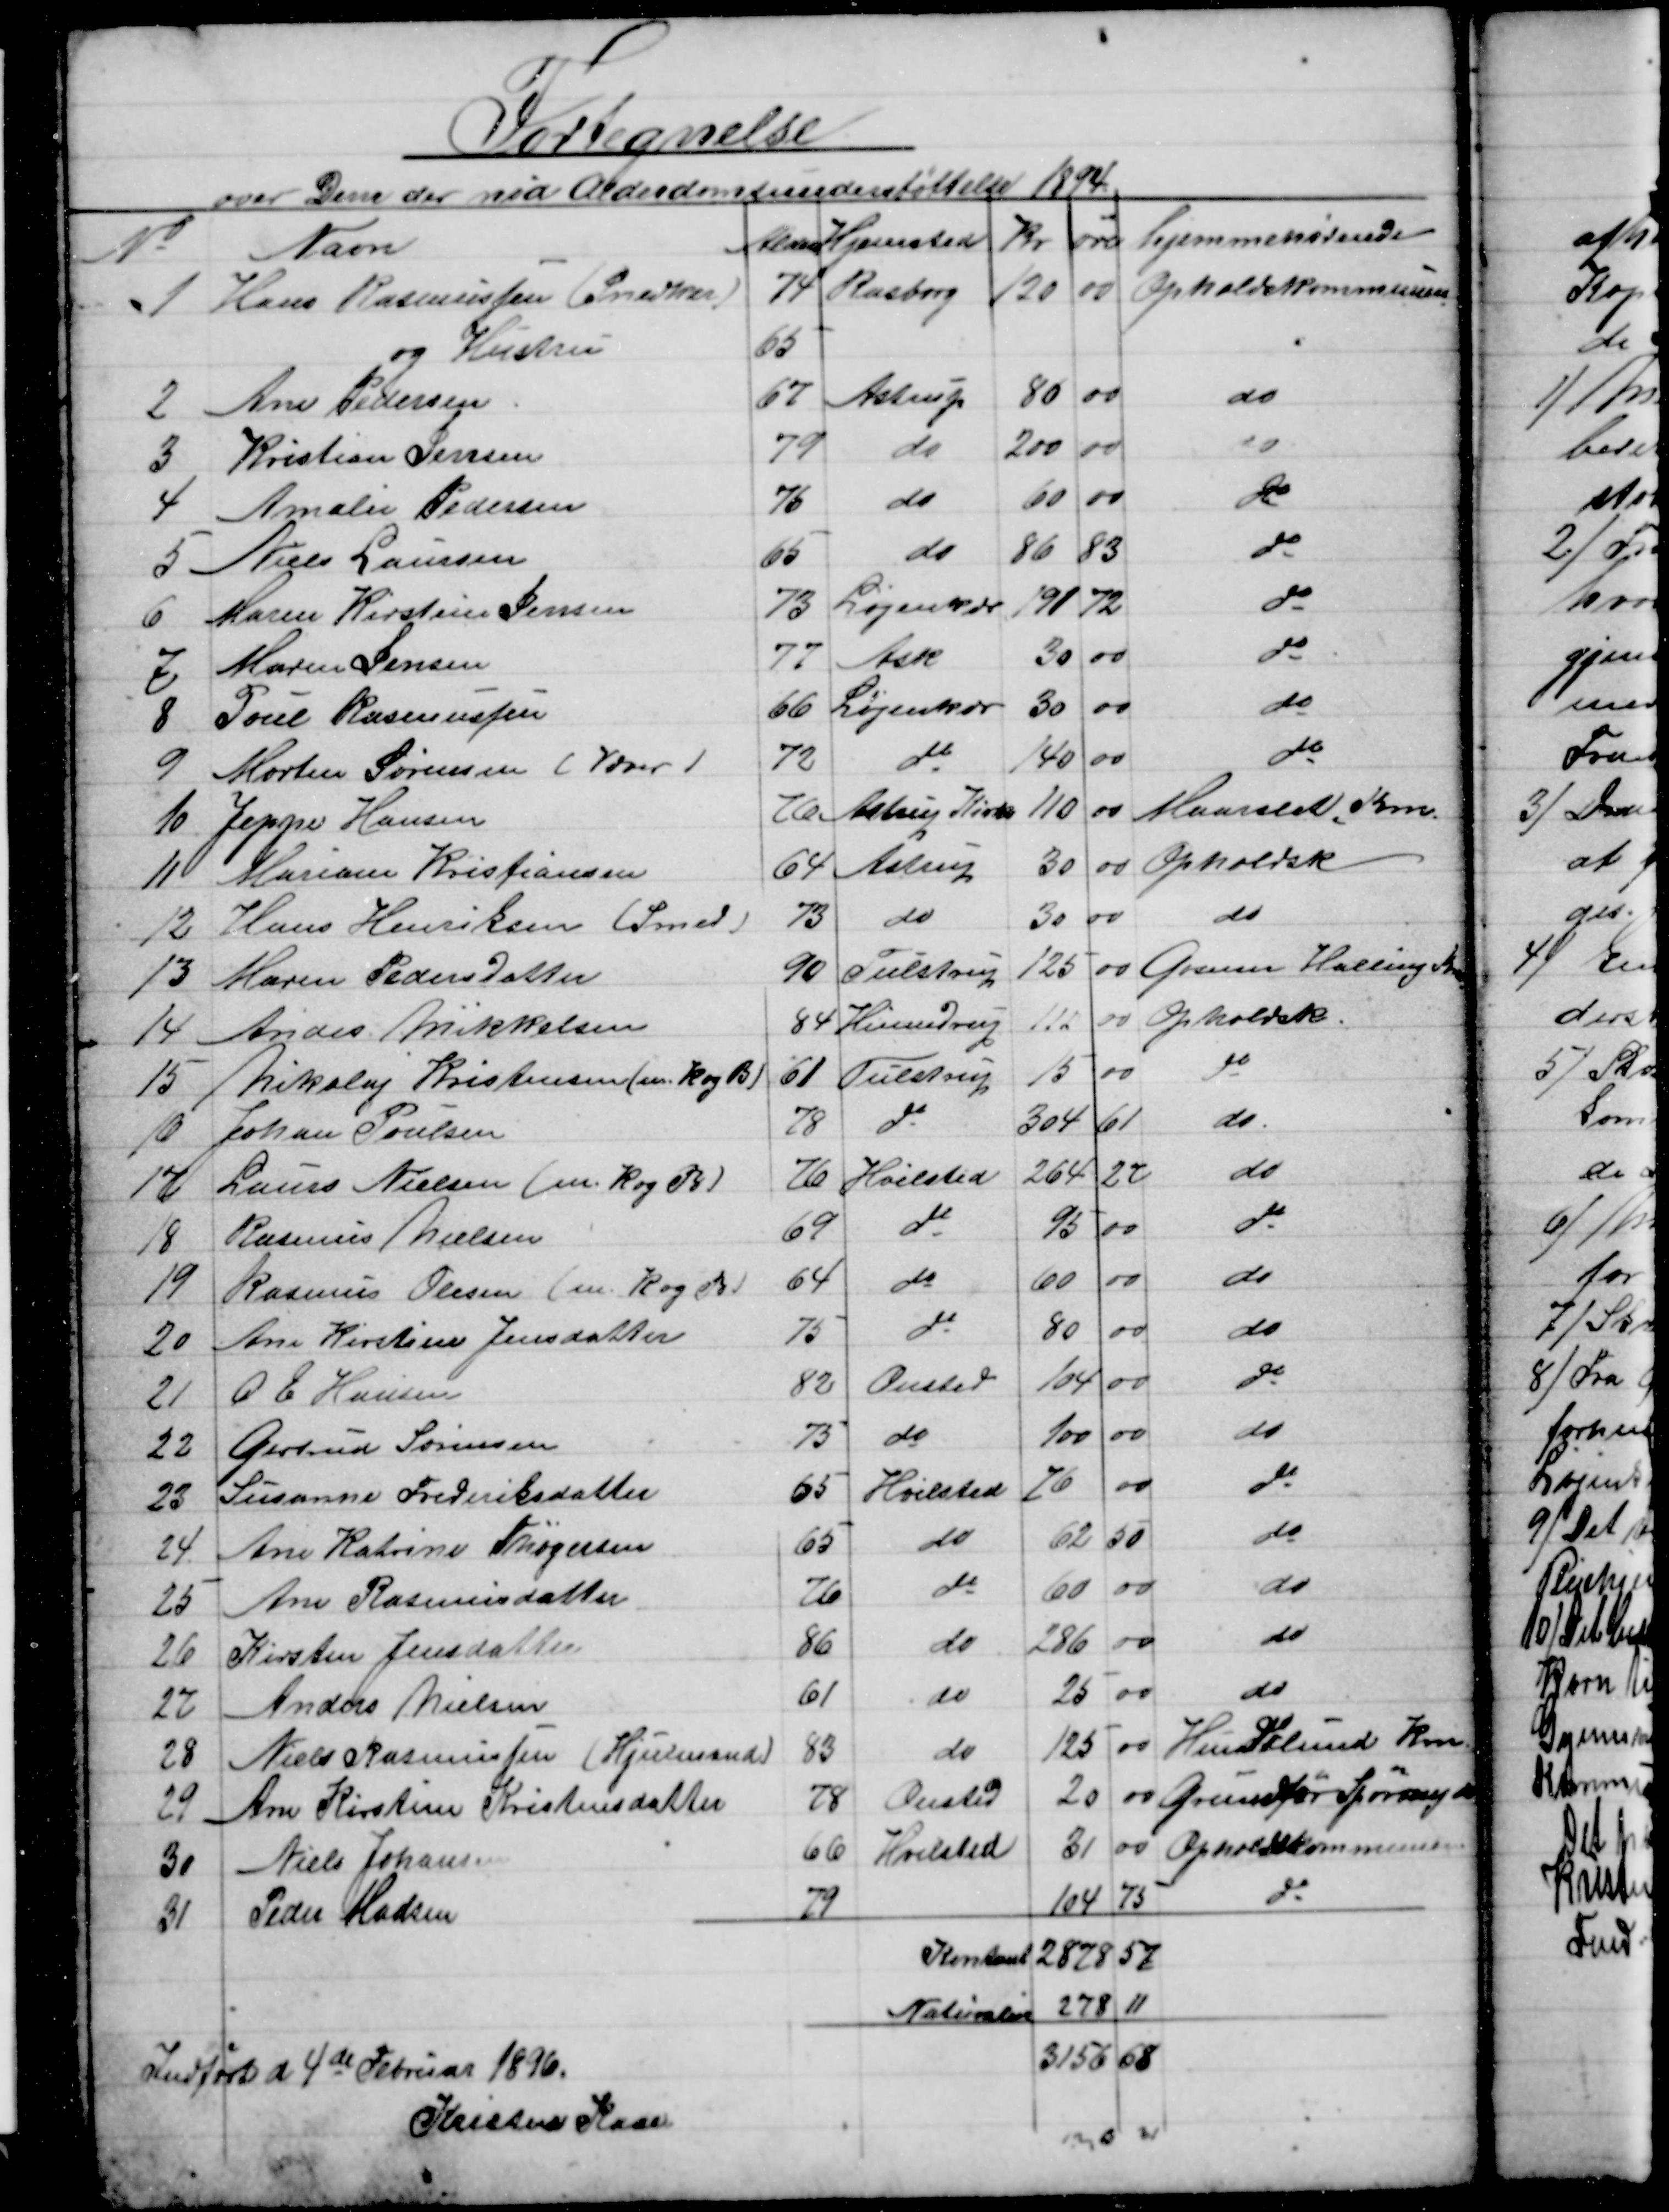
Transskription:
Fortegnelse
over Dem der nød Alderdomsunderstøttelse 1894.
№
Navn
Alder
Hjemsted 
Kr
øre
hjemmehørende
1 
Hans Rasmussen (Snedker)
74 
Rasborg 
120
00
Opholdskommunen
og Hustru
65
2
Ane Pedersen
67
Astrup
80
00
do
3
Kristian Jensen
79
do
200
00
do
4
 Amalie Pedersen
76
do
60
00
do
5
Niels Laursen
65
do
86
83
do
6
Maren Kirstine Jensen
73
Løjenkær
191
72
do
7
Maren Jensen
77
Ask
30
00
do
8
Poul Rasmussen
66
Løjenkær
30
00
do
9
Morten Sørensen (Væver) 
72
do
140
00
do
10
Jeppe Hansen
76
Astrup Kirke
110
00
Maarslet Km.
11
Mariane Kristiansen
64
Astrup
30
00
Opholdsk
12
Hans Henriksen (Smed)
73
do
30
00
do
13
Maren Pedersdatter
90
Tulstrup
125
00
 Gosmer Halling Kom
14
Anders Mikkelsen
84
Hinnedrup
112
00
Opholdsk.
15
Nikolaj Kristensen (m. K og B)
61
Tulstrup
15
00
do
16
Johan Poulsen
78
do
304
61
do
17
Laurs Nielsen (m. K og B)
76
Hvilsted
264
27
do
18
Rasmus Nielsen
69
do
95
00
do
19
Rasmus Olesen (m. K og B)
64
do
60
00
do
20
Ane Kirstine Jensdatter
75
do.
80
00
do
21
O E Hansen
82
Onsted
104
00
do
22
Gertrud Sørensen
75
do
100
00
do
23
Susanne Frederiksdatter
65
Hvilsted
76
00
do
24
Ane Katrine Thøgersen
65
do
62
50
do
25
Ane Rasmusdatter
76
do
60
00
do
26
Kirsten Jensdatter
86
do
286
00
do
27
Anders Nielsen
61
do
25
00
do
28
Niels Rasmussen (Hjulmand)
83
do
125
00
Hundslund Km.
29
Ane Kirstine Kristensdatter
78
Onsted
20
00
Grundfør Spørring Km
30
Niels Johansen
66
Hvilsted
31
00
Opholdskommunen
31
Peder Madsen
79
104
75
do
Kontant
2878
57
Naturalier
278
11
Indført d 4de Februar 1896.
3156
68
Kristen Kaae